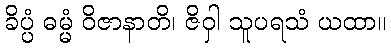
ခိပ္ပံ ဓမ္မံ ဝိဇာနာတိ၊ ဇိဝှါ သူပရသံ ယထာ။